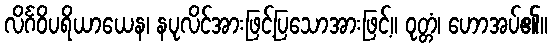
လိင်္ဂဝိပရိယာယေန၊ နပုလိင်အားဖြင့်ပြသောအားဖြင့်။ ဝုတ္တံ၊ ဟောအပ်၏။